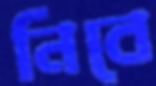
নিবে